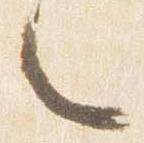
々